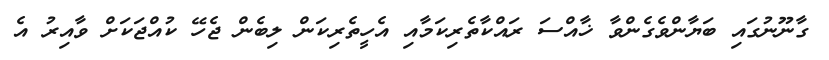
ގާނޫނުގައި ބަޔާންވެގެންވާ ޚާއްސަ ރައްކާތެރިކަމާއި އެހީތެރިކަން ލިބެން ޖެހޭ ކުއްޖަކަށް ވާއިރު އެ